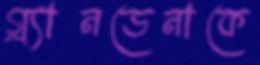
গ্র্যানডেনাকে